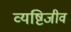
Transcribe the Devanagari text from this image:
व्यष्टिजीव